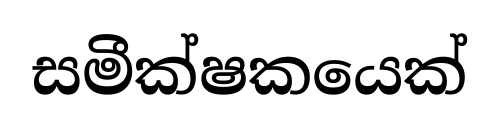
සමීක්ෂකයෙක්